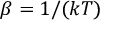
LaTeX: \beta = 1 / ( k T )